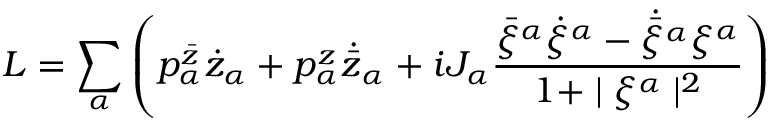
L = \sum _ { \alpha } \left( p _ { \alpha } ^ { \bar { z } } \dot { z } _ { \alpha } + p _ { \alpha } ^ { z } \dot { { \bar { z } } } _ { \alpha } + i J _ { \alpha } \frac { { \bar { \xi } } ^ { \alpha } \dot { \xi } ^ { \alpha } - \dot { \bar { \xi } ^ { \alpha } } \xi ^ { \alpha } } { 1 + \mid \xi ^ { \alpha } \mid ^ { 2 } } \right)